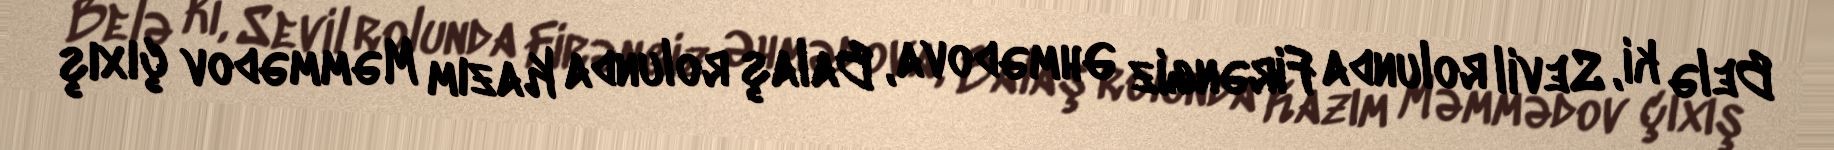
Belə ki, Sevil rolunda Firəngiz Əhmədova, Balaş rolunda Kazım Məmmədov çıxış